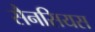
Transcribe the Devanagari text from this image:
सैनसियस